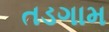
તડગામ